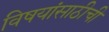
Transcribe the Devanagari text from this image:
विषयांसाठीची